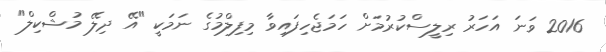
2016 ވަނަ އަހަރު ރިލީސްކުރުމަށް ހަމަޖެހިފައިވާ މިފިލްމުގެ ނަމަކީ "އޭ ދިލޭ މުޝްކިލް"